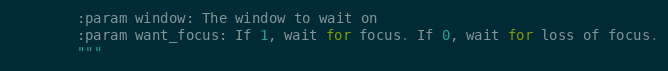
Language: Python
        :param window: The window to wait on
        :param want_focus: If 1, wait for focus. If 0, wait for loss of focus.
        """